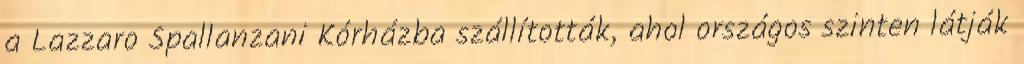
a Lazzaro Spallanzani Kórházba szállították, ahol országos szinten látják